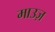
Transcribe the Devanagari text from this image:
माउज़